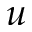
u